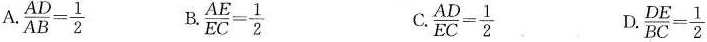
A.$$\frac{AD}{AB}= \frac{1}{2}$$ B.$$\frac{AE}{EC}= \frac{1}{2}$$ C.$$\frac{AD}{EC}= \frac{1}{2}$$ D.$$\frac{DE}{BC}= \frac{1}{2}$$